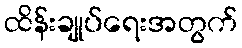
ထိန်းချုပ်ရေးအတွက်